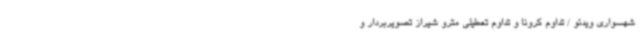
شهسواری ویدئو / تداوم کرونا و تداوم تعطیلی مترو شیراز تصویربردار و